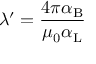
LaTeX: \lambda ^ { \prime } = { \frac { 4 \pi \alpha _ { \mathrm { { B } } } } { \mu _ { 0 } \alpha _ { \mathrm { { L } } } } }